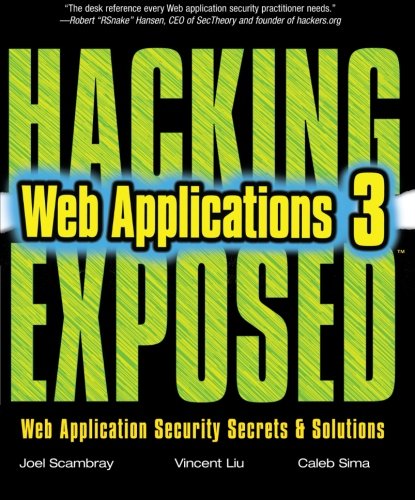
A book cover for Hacking Exposed Web Applications, Third Edition; Joel Scambray; Computers & Technology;